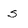
Character: s